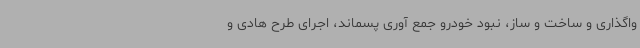
واگذاری و ساخت و ساز، نبود خودرو جمع آوری پسماند، اجرای طرح هادی و